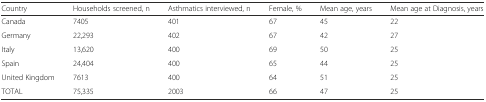
<table><thead><tr><td><b>Country</b></td><td><b>Households screened, n</b></td><td><b>Asthmatics interviewed, n</b></td><td><b>Female, %</b></td><td><b>Mean age, years</b></td><td><b>Mean age at Diagnosis, years</b></td></tr></thead><tbody><tr><td>Canada</td><td>7405</td><td>401</td><td>67</td><td>45</td><td>22</td></tr><tr><td>Germany</td><td>22,293</td><td>402</td><td>67</td><td>42</td><td>27</td></tr><tr><td>Italy</td><td>13,620</td><td>400</td><td>69</td><td>50</td><td>25</td></tr><tr><td>Spain</td><td>24,404</td><td>400</td><td>65</td><td>44</td><td>25</td></tr><tr><td>United Kingdom</td><td>7613</td><td>400</td><td>64</td><td>51</td><td>25</td></tr><tr><td>TOTAL</td><td>75,335</td><td>2003</td><td>66</td><td>47</td><td>25</td></tr></tbody></table>